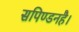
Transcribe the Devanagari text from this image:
सपिण्डनहै।